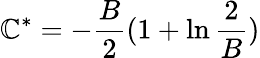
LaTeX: \mathbb{C}^{*}=-\frac{{B}}{{2}}(1+\ln\frac{{2}}{{B}})